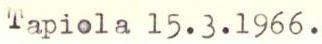
Tapiola 15.3.1966.